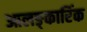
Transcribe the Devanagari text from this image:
आलङ्कारिंक